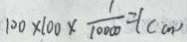
1 0 0 \times 1 0 0 \times \frac { 1 } { 1 0 0 0 0 } = 1 ( c m )